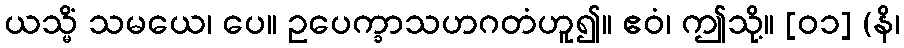
ယသ္မိံ သမယေ၊ ပေ။ ဥပေက္ခာသဟဂတံဟူ၍။ ဧဝံ၊ ဤသို့။ [၀၁] (နိ၊